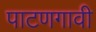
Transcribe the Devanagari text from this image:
पाटणगावी